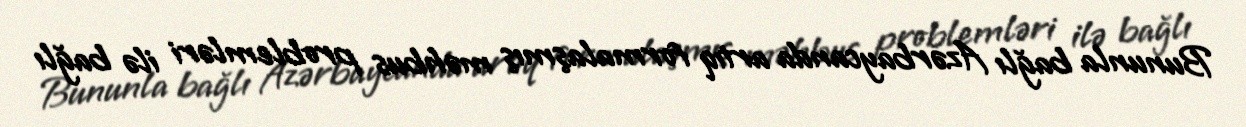
Bununla bağlı Azərbaycanda artıq formalaşmış məhbus problemləri ilə bağlı